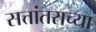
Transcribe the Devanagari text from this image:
सत्तांतराच्या